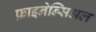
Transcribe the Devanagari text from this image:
फ़ाइनेन्सिअल